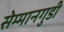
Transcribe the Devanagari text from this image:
सेम्मानगुडी